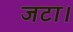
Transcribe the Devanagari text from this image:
जटा।